Civil Veterinary Dept. Bombay admin report 1900-1906 - 1900-1906
Year: 1900
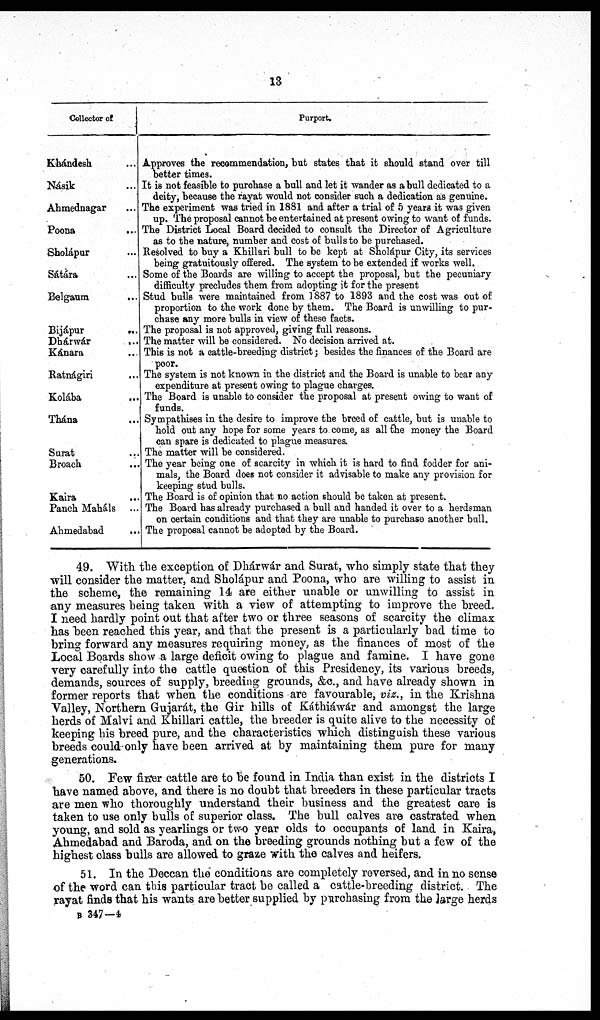
13
Collector of
Khándesh ...
Násik ...
Ahmednagar ...
Poona
...
Sholápur ...
Sátára ...
Belgaum
...
Bijápur ...
Dhárwár
...
Kánara ...
Ratnágiri ...
Kolába ...
Thána ...
Surat ...
Broach ...
Kaira ...
Panch Maháls ...
Ahmedabad ...
Purport.
Approves the recommendation, but states that it should stand over till
better times.
It is not feasible to purchase a bull and let it wander as a hull dedicated to a
deity, because the rayat would not consider such a dedication as genuine.
The experiment was tried in 1881 and after a trial of 5 years it was given
up. The proposal cannot be entertained at present owing to want of funds.
The District Local Board decided to consult the Director of Agriculture
as to the nature, number and cost of bulls to be purchased.
Resolved to buy a Khillari bull to be kept at Sholápur City, its services
being gratuitously offered. The system to be extended if works well.
Some of the Boards are willing to accept the proposal, but the pecuniary
difficulty precludes them from adopting it for the present
Stud bulls were maintained from 1887 to 1893 and the cost was out of
proportion to the work done by them. The Board is unwilling to pur-
chase any more bulls in view of these facts.
The proposal is not approved, giving full reasons.
The matter will be considered. No decision arrived at.
This is not a cattle-breeding district; besides the finances of the Board are
poor.
The system is not known in the district and the Board is unable to bear any
expenditure at present owing to plague charges.
The Board is unable to consider the proposal at present owing to want of
funds.
Sympathises in the desire to improve the breed of cattle, but is unable to
hold out any hope for some years to come, as all the money the Board
can spare is dedicated to plague measures.
The matter will be considered.
The year being one of scarcity in which it is hard to find fodder for ani-
mals, the Board does not consider it advisable to make any provision for
keeping stud bulls.
The Board is of opinion that no action should be taken at present.
The Board has already purchased a bull and handed it over to a herdsman
on certain conditions and that they are unable to purchase another bull.
The proposal cannot be adopted by the Board.
49. With the exception of Dhárwár and Surat, who simply state that they
will consider the matter, and Sholápur and Poona, who are willing to assist in
the scheme, the remaining 14 are either unable or unwilling to assist in
any measures being taken with a view of attempting to improve the breed.
I need hardly point out that after two or three seasons of scarcity the climax
has been reached this year, and that the present is a particularly bad time to
bring forward any measures requiring money, as the finances of most of the
Local Boards show a large deficit owing to plague and famine. I have gone
very carefully into the cattle question of this Presidency, its various breeds,
demands, sources of supply, breeding grounds, &c, and have already shown in
former reports that when the conditions are favourable, viz., in the Krishna
Valley, Northern Gujarát, the Gir hills of Káthiáwár and amongst the large
herds of Malvi and Khillari cattle, the breeder is quite alive to the necessity of
keeping his breed pure, and the characteristics which distinguish these various
breeds could only have been arrived at by maintaining them pure for many
generations.
50. Few finer cattle are to be found in India than exist in the districts I
have named above, and there is no doubt that breeders in these particular tracts
are men who thoroughly understand their business and the greatest care is
taken to use only bulls of superior class. The bull calves are castrated when
young, and sold as yearlings or two year olds to occupants of land in Kaira,
Ahmedabad and Baroda, and on the breeding grounds nothing but a few of the
highest class bulls are allowed to graze with the calves and heifers.
51. In the Deccan the conditions are completely reversed, and in no sense
of the word can this particular tract be called a cattle-breeding district. The
rayat finds that his wants are better supplied by purchasing from the large herds
B 347—4